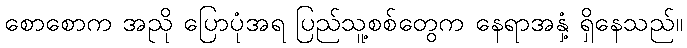
စောစောက အညို ပြောပုံအရ ပြည်သူ့စစ်တွေက နေရာအနှံ့ ရှိနေသည်။